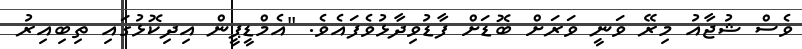
ވެސް ޝުޖާއު މިރޭ ވަނީ ވަރަށް ބޮޑަށް ފާޑުވިދާޅުވެފައެވެ. "އެމްޑީޕީން އިދިކޮޅުގައި ތިބިއިރު